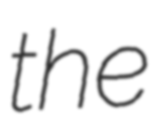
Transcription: the